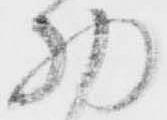
物